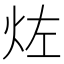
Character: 𱪱